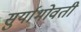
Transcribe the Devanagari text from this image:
सुर्याभोवती